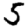
Digit: 5